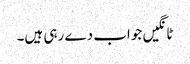
ٹانگیں جواب دے رہی ہیں۔